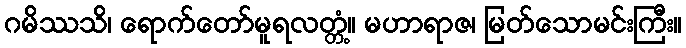
ဂမိဿသိ၊ ရောက်တော်မူရလတ္တံ့။ မဟာရာဇ၊ မြတ်သောမင်းကြီး။